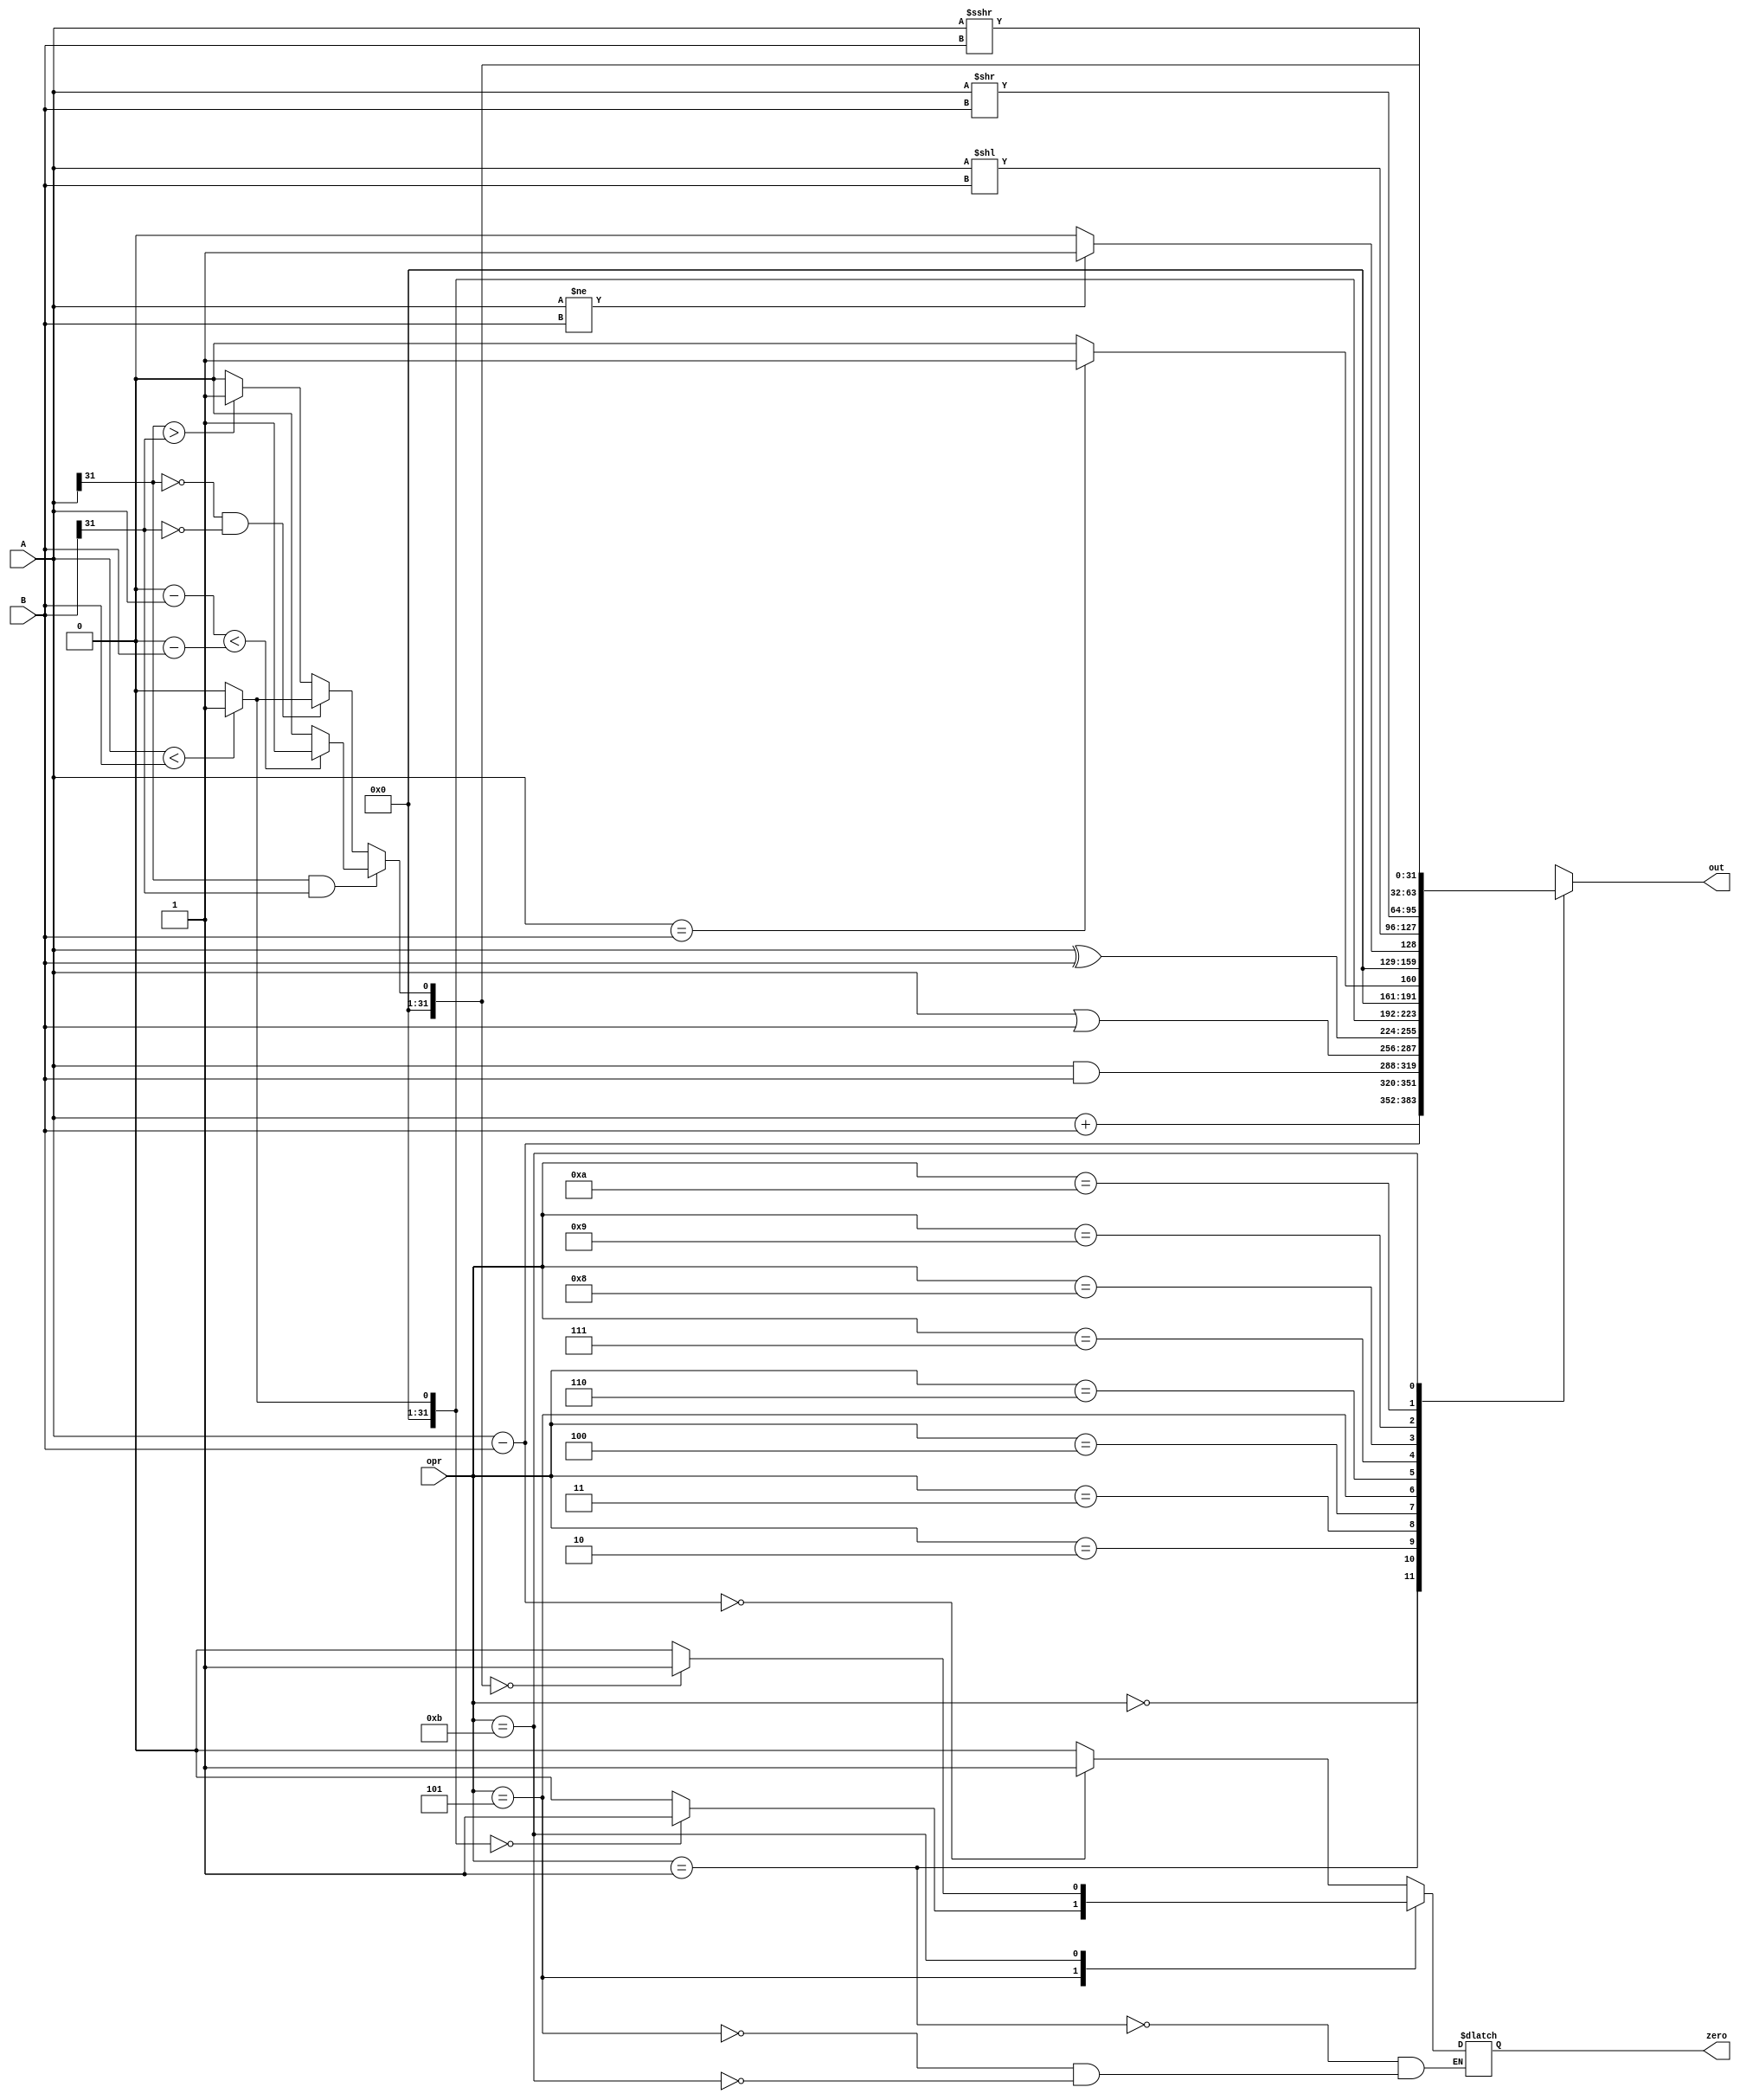
module alu (out,zero,A,B,opr);
  output reg [31:0] out;
  input [31:0] A,B;
  input [4:0] opr;
  output reg zero;
  reg [31:0] dumA,dumB;
  always @ ( * ) begin
    case (opr)
      5'd0: out=A+B; //ADD
      5'd1: begin out=A-B; zero=(out==32'b0)?1:0; end //SUB
      5'd2: out=A&B; //AND
      5'd3: out=A|B; //OR
      5'd4: out=A^B; //XOR
      5'd5: begin out=(A<B)?1:0; zero=(out==32'b0)?1:0; end //SET IF B IS GREATER THAN A (SLTU)
      5'd6: out=(A==B)?1:0; //SET IF B IS EQUAL TO A (equality checker)
      5'd7: out=(A!=B)?1:0; //SET IF B IS NOT EQUAL THAN A (SLFU)
      5'd8: out=A<<B; //SLL SHIFT A by 'B' bits
      5'd9: out=A>>B; //SRL SHIFT A by 'B' bits
      5'd10: out=A>>>B; //SRA SHIFT A by 'B' bits
      5'd11:  begin //SLT
                if(A[31]==1'b1 & B[31]==1'b1) begin
                  dumA=(0-A);
                  dumB=(0-B);
                  out=(dumA<dumB)?1:0;
                end
                else if (A[31]==1'b0 & B[31]==1'b0) begin
                  out=(A<B)?1:0;
                end
                else begin
                  out=(A[31]>B[31])?1:0;
                end
                zero=(out==32'b0)?1:0;
              end
      default: out=32'bx;
    endcase

  end
endmodule